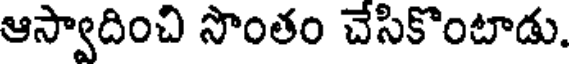
ఆస్వాదించి సొంతం చేసికొంటాడు.